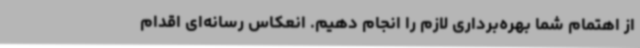
از اهتمام شما بهره‌برداری لازم را انجام دهیم. انعکاس رسانه‌ای اقدام